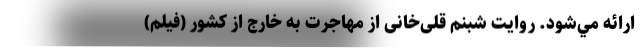
ارائه مي‌شود. روایت شبنم قلی‌خانی از مهاجرت به خارج از کشور (فیلم)